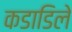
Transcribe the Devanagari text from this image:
कडाडिले